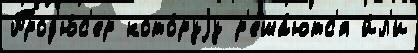
Прод'ю́с'ер кото́руjу р'еша́ютс'я и́л'и